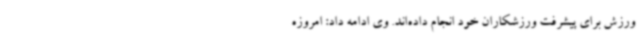
ورزش برای پیشرفت ورزشکاران خود انجام داده‌اند. وی ادامه داد: امروزه